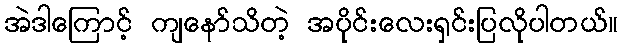
အဲဒါကြောင့် ကျနော်သိတဲ့ အပိုင်းလေးရှင်းပြလိုပါတယ်။